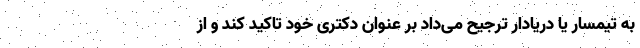
به تیمسار یا دریادار ترجیح می‌داد بر عنوان دکتری خود تاکید کند و از